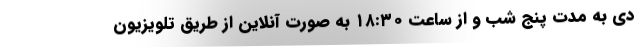
دی به مدت پنج شب و از ساعت ۱۸:۳۰ به صورت آنلاین از طریق تلویزیون